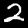
Label: 2